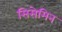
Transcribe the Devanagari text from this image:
सिसेमिन